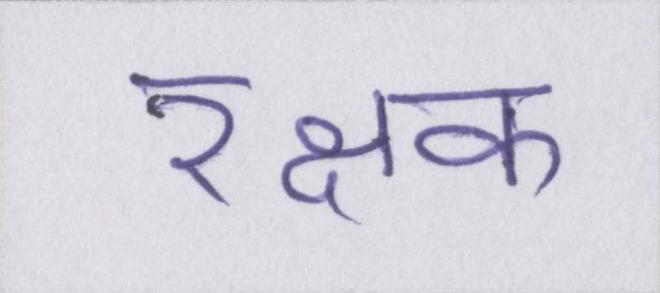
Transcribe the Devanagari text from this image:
रक्षक